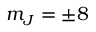
m _ { J } = \pm 8